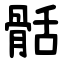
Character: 䯏